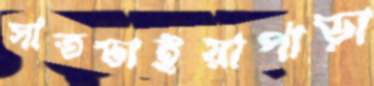
সাতভাইয়াপাড়া